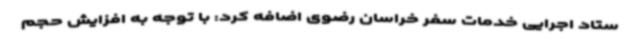
ستاد اجرایی خدمات سفر خراسان رضوی اضافه کرد: با توجه به افزایش حجم